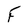
Character: F